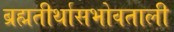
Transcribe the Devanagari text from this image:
ब्रह्मतीर्थासभोवताली